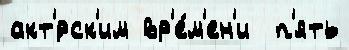
акт'́рск'им вр'е́м'ен'и  п'ять